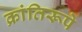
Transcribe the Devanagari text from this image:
क्रांतिरूपे